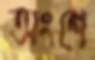
অংশে